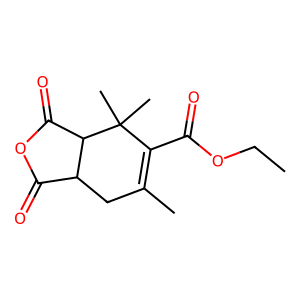
SMILES: CCOC(=O)C1=C(C)CC2C(=O)OC(=O)C2C1(C)C
Inhibits HIV replication: No